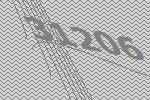
31206